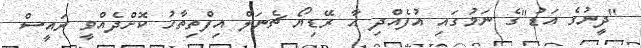
"ދީނުގެ އަޑު"ގެ ނަމުގައި އުފެއްދި އާ ރޭޑިޔޯ ޗެނަލް އިފްތިތާހު ކޮށްދެއްވީ ރައީސް